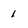
Character: 1